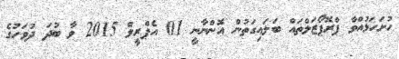
ހުށަހަޅުއްވާ ޕްރޮޕޯޒަލްތައް ބަލައިގަތުން އޮންނާނީ 01 އެޕްރީލް 2015 ވާ ބުދަ ދުވަހުގެ